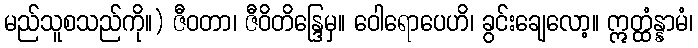
မည်သူစသည်ကို။) ဇီဝတာ၊ ဇီဝိတိန္ဒြေမှ။ ဝေါရောပေဟိ၊ ခွင်းချေလော့။ ဣတ္ထံန္နာမံ၊